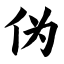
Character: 伪